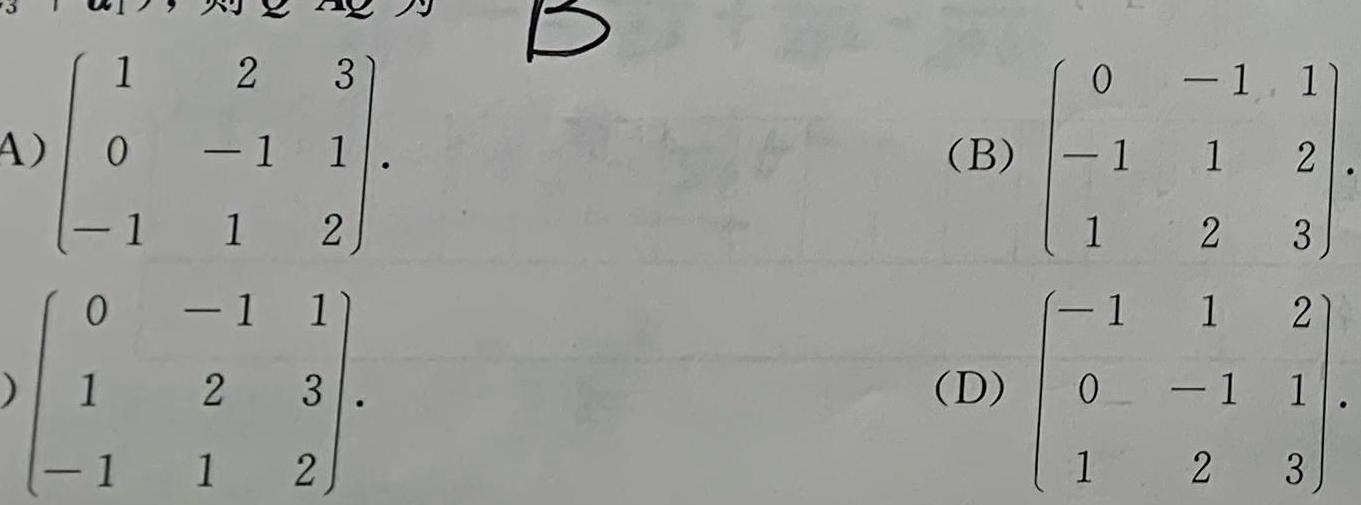
\[
\text{A})\begin{pmatrix}
1&2&3\\
0& - 1&1\\
-1&1&2
\end{pmatrix}.
\quad
\text{(B)}\begin{pmatrix}
0& - 1&1\\
-1&1&2\\
1&2&3
\end{pmatrix}.
\quad
\begin{pmatrix}
0& - 1&1\\
1&2&3\\
-1&1&2
\end{pmatrix}.
\quad
\text{(D)}\begin{pmatrix}
-1&1&2\\
0& - 1&1\\
1&2&3
\end{pmatrix}.
\]